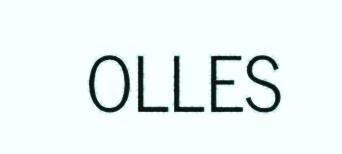
OLLES